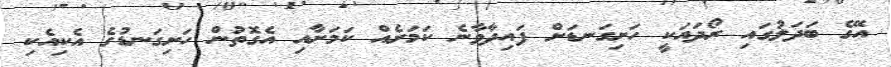
އޭގެ ބަދަލުގައި ރޯދައަކީ ހަށިގަނޑަށް ފައިދާވާނެ ކަމަށެއް ކަމަށާއި އެގޮތުން ހަށިގަނޑުގެ އެކިއެކި